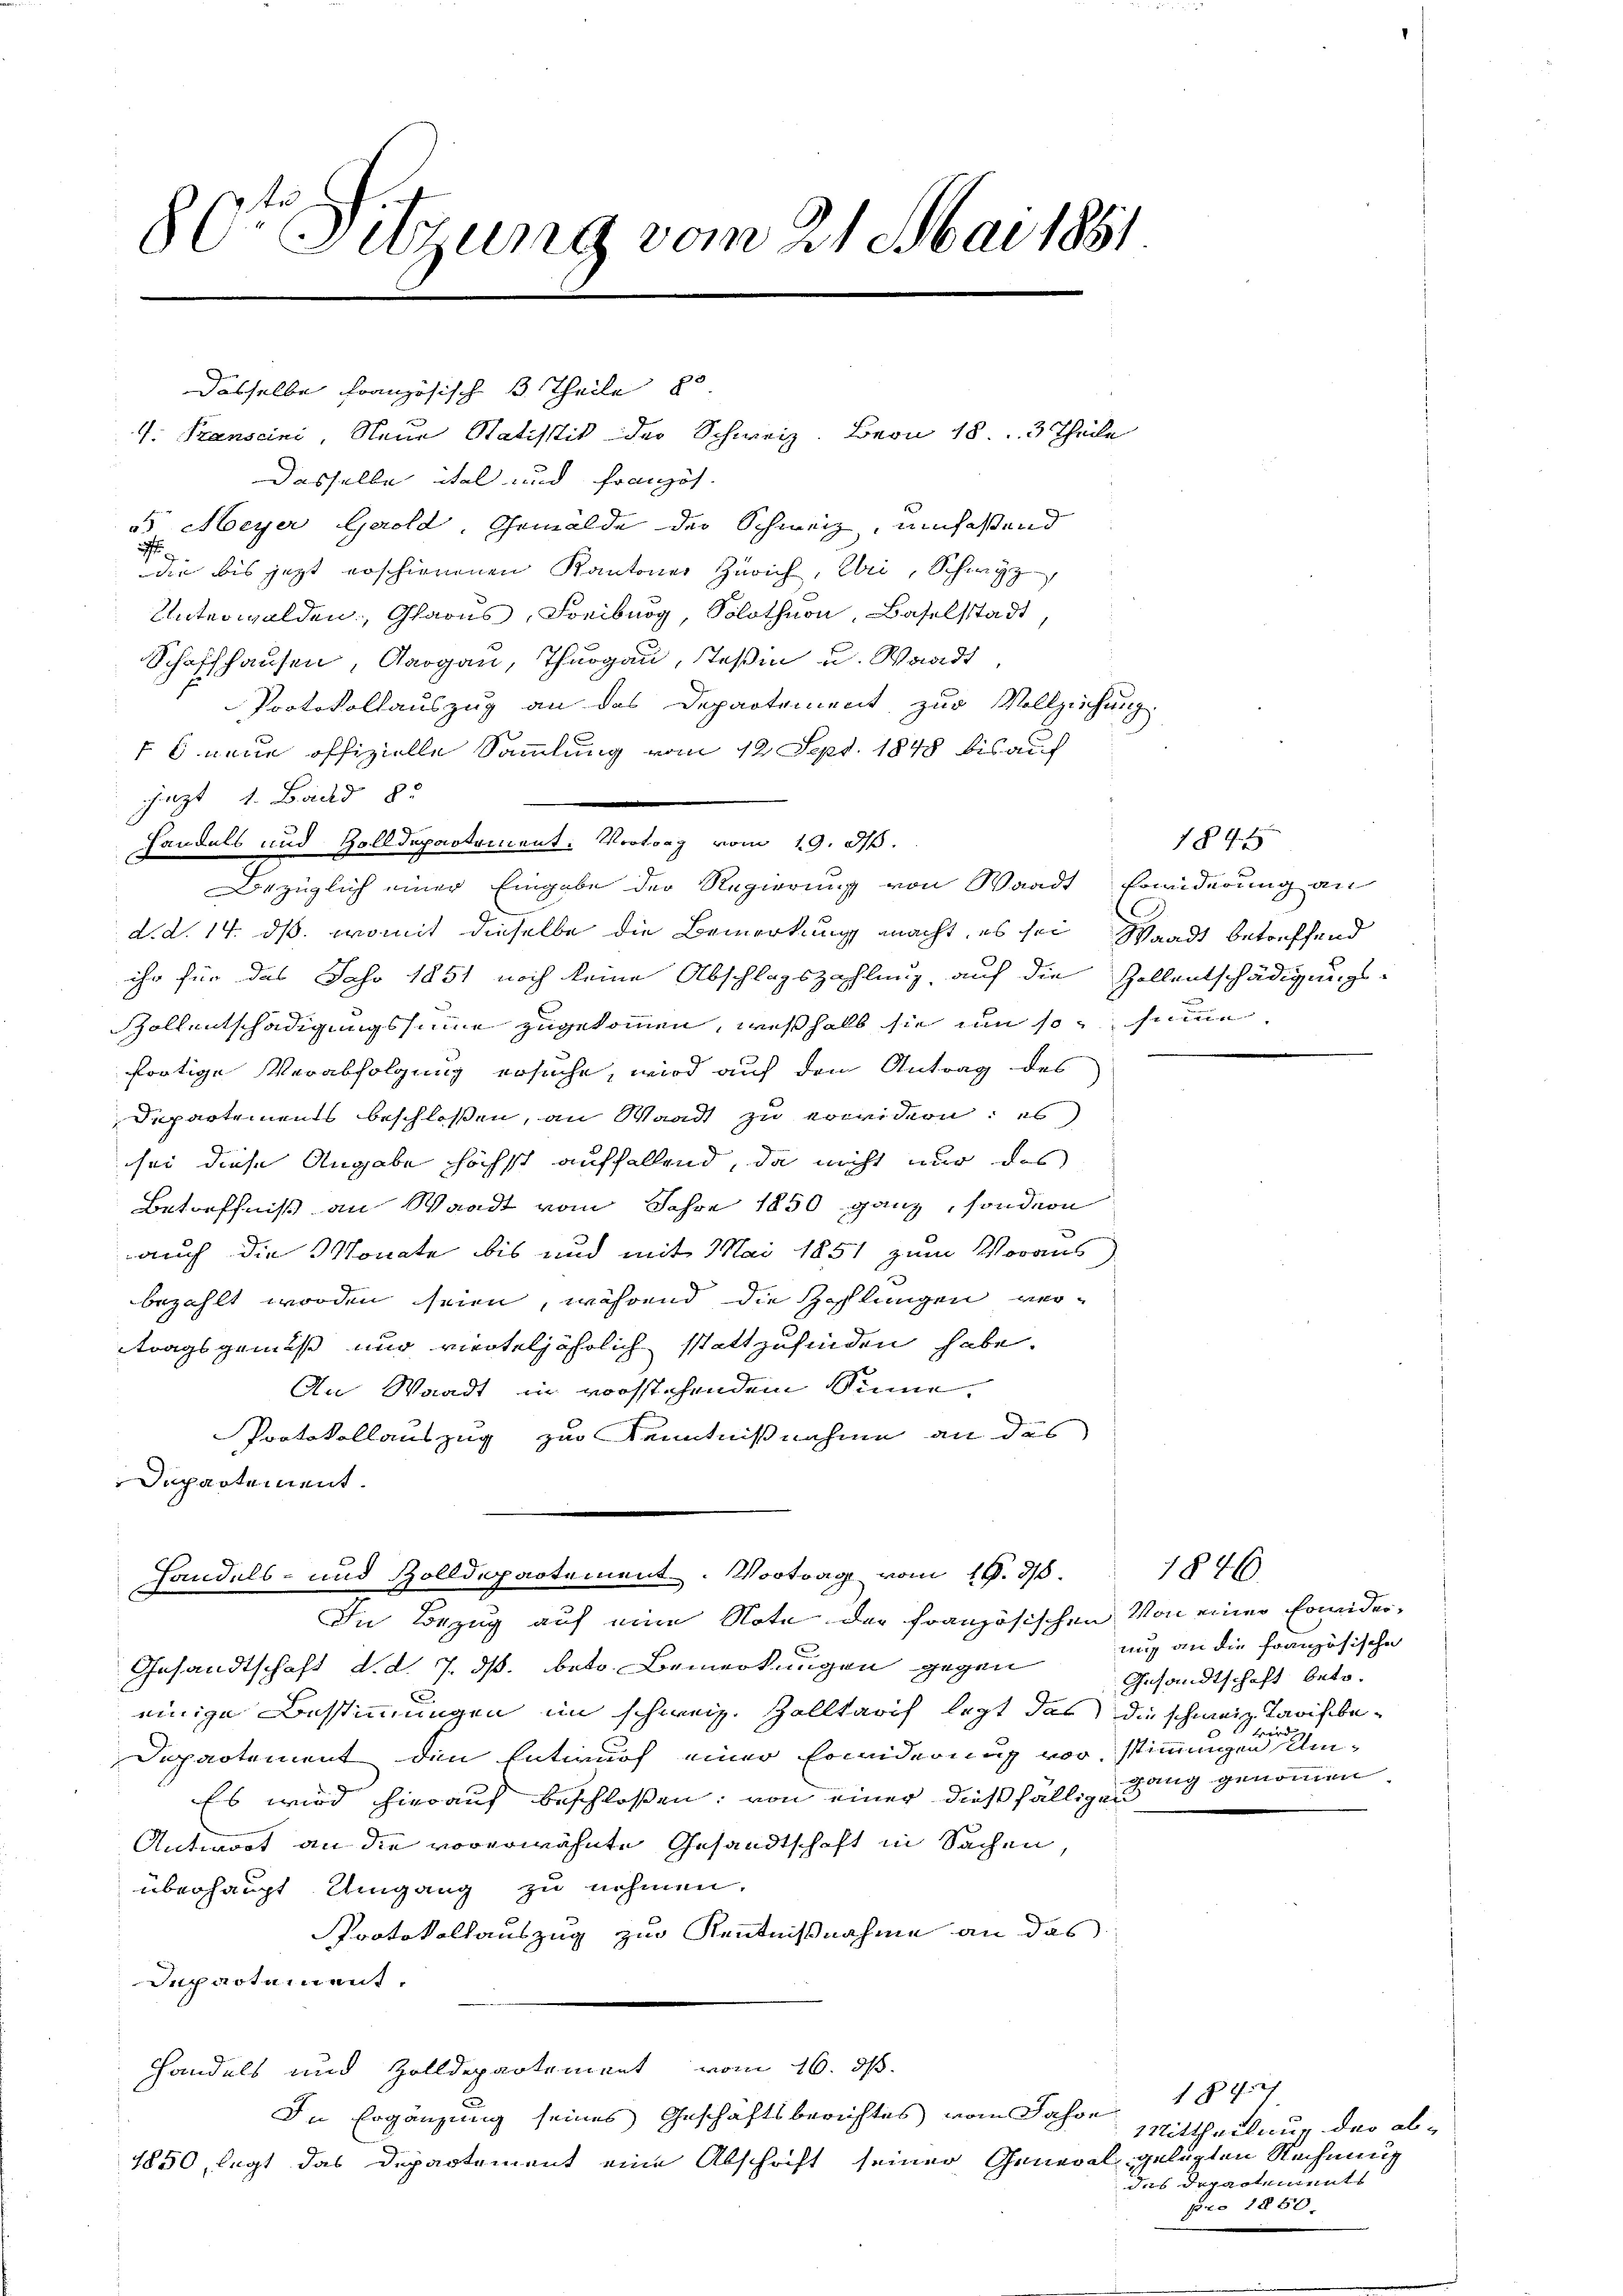
80te Sitzung vom 21. Mai 1881.

dasselbe französisch 3 Theile pr
Dasselbe ital und Französ.
 Meyer Geold. Gemälde der Schweiz, umfassend
d
die bis jetzt erschienenen Kantones Zürich, Uri, Schwyz,
Unterwalden, Glarus, Freiburg, Solothurn, Baselstadt,
Schaffhausen, Aargau, Thurgau, Teßin u. Waadt
Protokollauszug an das Departement zur Vollziehung
6 neue offizielle Sammlung vom 12 Sept. 1848 bis auf
jezt 1. Band 85
Handels und Zolldepartement. Vertrag vom 19. I.
Bezüglich einer Eingabe der Regierung von Waadt Erwiderung an
d.d. 14. ds. womit dieselbe die Bemerkung macht, es sei, Waadt betreffend
ihr für das Jahr 1851 noch keine Abschlagszahlung, auf die Zollentschädigungs-
Rollentschädigungssumme zugekommen, weßhalb sie um so seine
fortige Verabfolgung ersuche, wird auf den Antrag des
Departements beschloßen, an Waadt zu erwidern: es
sei diese Angabe höchst auffallend, da nicht nur des
Betreffniß an Waadt vom Jahre 1850 ganz, sondern
auch die Monate bis und mit Mai 1851 zum Voraus
bezahlt worden seien, während die Zahlungen ver-
tragsgemäß und vierteljährlich stattzufinden habe.
An Waadt in vorstehendem Sinne.
Protokollauszug zur Kenntnißnahme an das
Departement.

Handels- und Zolldepartement. Vortrag vom 16. 318. 1876
In Bezug auf eine Note der französischen Von einer Erwider¬

1. Franscini, Neue Statistik der Schweiz. Bern 18. 3 Theile

C
Gesandtschaft d. d. 7. ds. betr. Bemerkungen gegen
einige Bestimmungen im schweiz. Zolltarif legt das die schweiz. Tarifbe¬
Departement den Entwurf einer Erwiderung vor, stimmungen Um¬
Es wird hierauf beschlossen; von einer dießfälligen
Antwort an die vorerwähnte Gesandtschaft in Sachen,
überhaupt Umgang zu nehmen.
Protokollauszug zur Kenntnißnahme an das
Dechartement,
Handels und Zolldepartement vom 16. ds.
In Ergänzung seines Geschäftsberichtes vom Jahre
1850, legt das Departement eine Abschrift seiner General gelegten Rechnung

1894

mig an die französische
Gesandtschaft betr.
wird
gang genommen

1847
Mittheilung der abdas Departements
pro 1850.